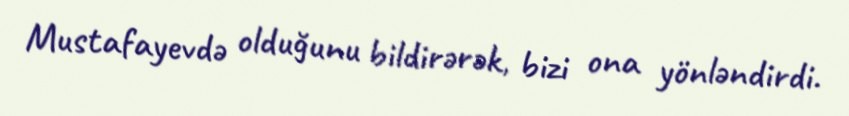
Mustafayevdə olduğunu bildirərək, bizi ona yönləndirdi.